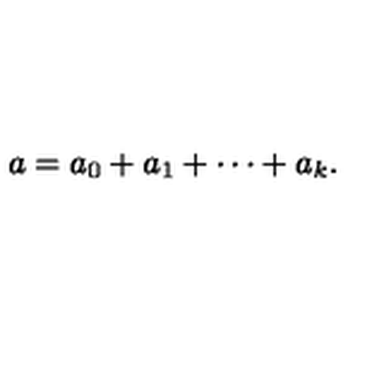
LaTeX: a = a _ { 0 } + a _ { 1 } + \cdots + a _ { k } .